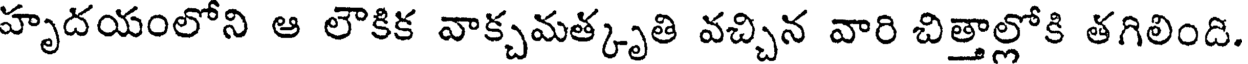
హృదయంలోని ఆ లౌకిక వాక్చమత్కృతి వచ్చిన వారి చిత్తాల్లోకి తగిలింది